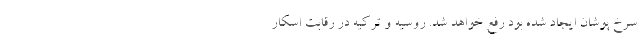
سرخ پوشان ایجاد شده بود رفع خواهد شد. روسیه و ترکیه در رقابت اسکار